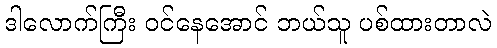
ဒါလောက်ကြီး ဝင်နေအောင် ဘယ်သူ ပစ်ထားတာလဲ